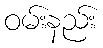
ဝမ်းနည်း